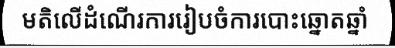
មតិលើដំណើរការរៀបចំការបោះឆ្នោតឆ្នាំ